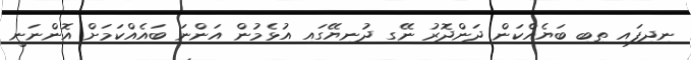
ނިދިފައި ތިބި ބަޔެއްކަން ދަންދޮރު ނޭގި ދުނިޔޭގައި އުޅެމުން އަންނަ ބައެއްކަމަށް އޮންނަނީ